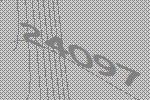
24097